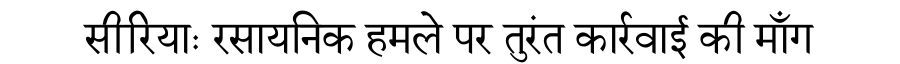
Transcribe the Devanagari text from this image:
सीरियाः रसायनिक हमले पर तुरंत कार्रवाई की माँग